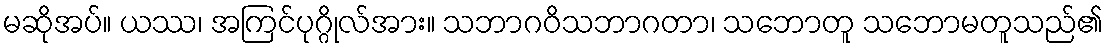
မဆိုအပ်။ ယဿ၊ အကြင်ပုဂ္ဂိုလ်အား။ သဘာဂဝိသဘာဂတာ၊ သဘောတူ သဘောမတူသည်၏